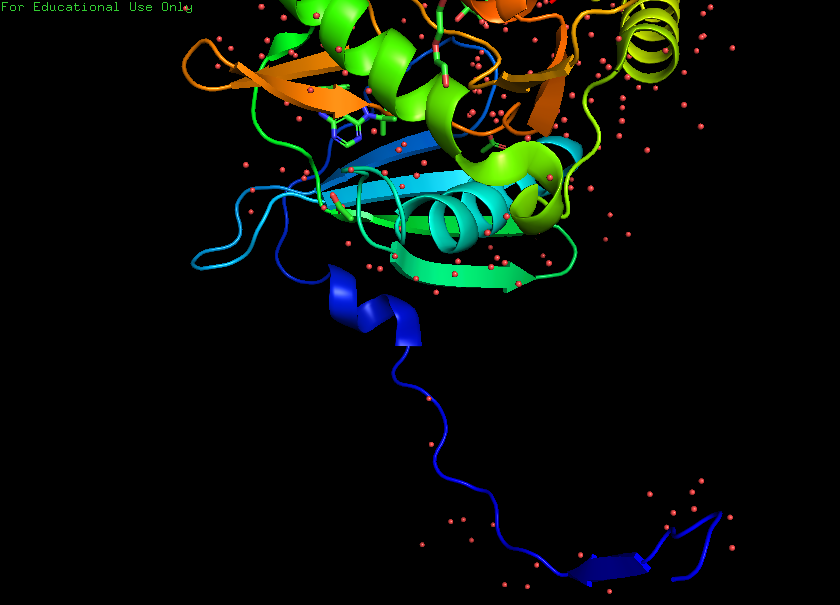
pymol, preset, pretty_solv